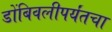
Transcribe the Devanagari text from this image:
डोंबिवलीपर्यंतचा